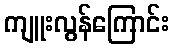
ကျူးလွန်ကြောင်း